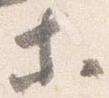
等